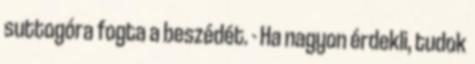
suttogóra fogta a beszédét. - Ha nagyon érdekli, tudok